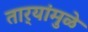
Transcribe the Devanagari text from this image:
तार्‍यांमुळे